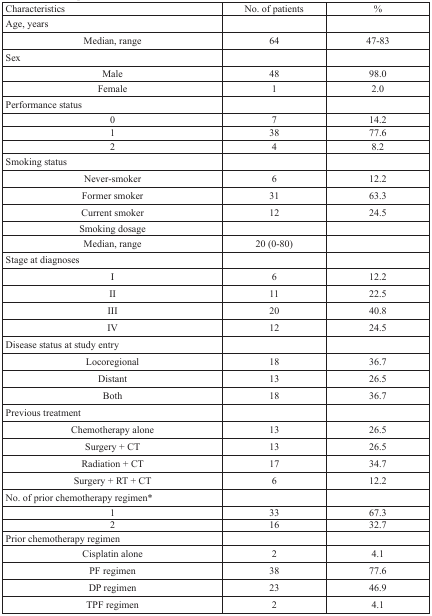
| Characteristics | No. of patients | % |
 | --- | --- | --- |
 | Age, years |  |  |
 | Median, range | 64 | 47-83 |
 | Sex |  |  |
 | Male | 48 | 98.0 |
 | Female | 1 | 2.0 |
 | Performance status |  |  |
 | 0 | 7 | 14.2 |
 | 1 | 38 | 77.6 |
 | 2 | 4 | 8.2 |
 | Smoking status |  |  |
 | Never-smoker | 6 | 12.2 |
 | Former smoker | 31 | 63.3 |
 | Current smoker | 12 | 24.5 |
 | Smoking dosage |  |  |
 | Median, range | 20 (0-80) |  |
 | Stage at diagnoses |  |  |
 | I | 6 | 12.2 |
 | II | 11 | 22.5 |
 | III | 20 | 40.8 |
 | IV | 12 | 24.5 |
 | Disease status at study entry |  |  |
 | Locoregional | 18 | 36.7 |
 | Distant | 13 | 26.5 |
 | Both | 18 | 36.7 |
 | Previous treatment |  |  |
 | Chemotherapy alone | 13 | 26.5 |
 | Surgery + CT | 13 | 26.5 |
 | Radiation + CT | 17 | 34.7 |
 | Surgery + RT + CT | 6 | 12.2 |
 | No. of prior chemotherapy regimen* |  |  |
 | 1 | 33 | 67.3 |
 | 2 | 16 | 32.7 |
 | Prior chemotherapy regimen |  |  |
 | Cisplatin alone | 2 | 4.1 |
 | PF regimen | 38 | 77.6 |
 | DP regimen | 23 | 46.9 |
 | TPF regimen | 2 | 4.1 |